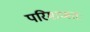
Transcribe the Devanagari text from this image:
परिमाणतः